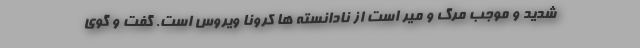
شدید و موجب مرگ و میر است از نادانسته ها کرونا ویروس است. گفت و گوی